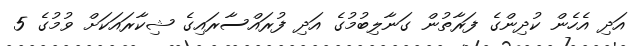
އަދި އެހެން ކުދިންގެ ފަރާތުން ގަނާލިބުމުގެ އަދި ފުރައްސާރައިގެ ޝިކާރައަކަށް ވުމުގެ 5